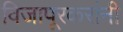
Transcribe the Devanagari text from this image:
विजापूरकरांनी